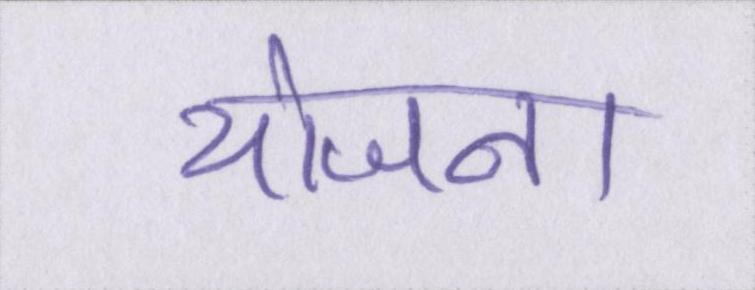
योजना